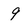
Character: 9